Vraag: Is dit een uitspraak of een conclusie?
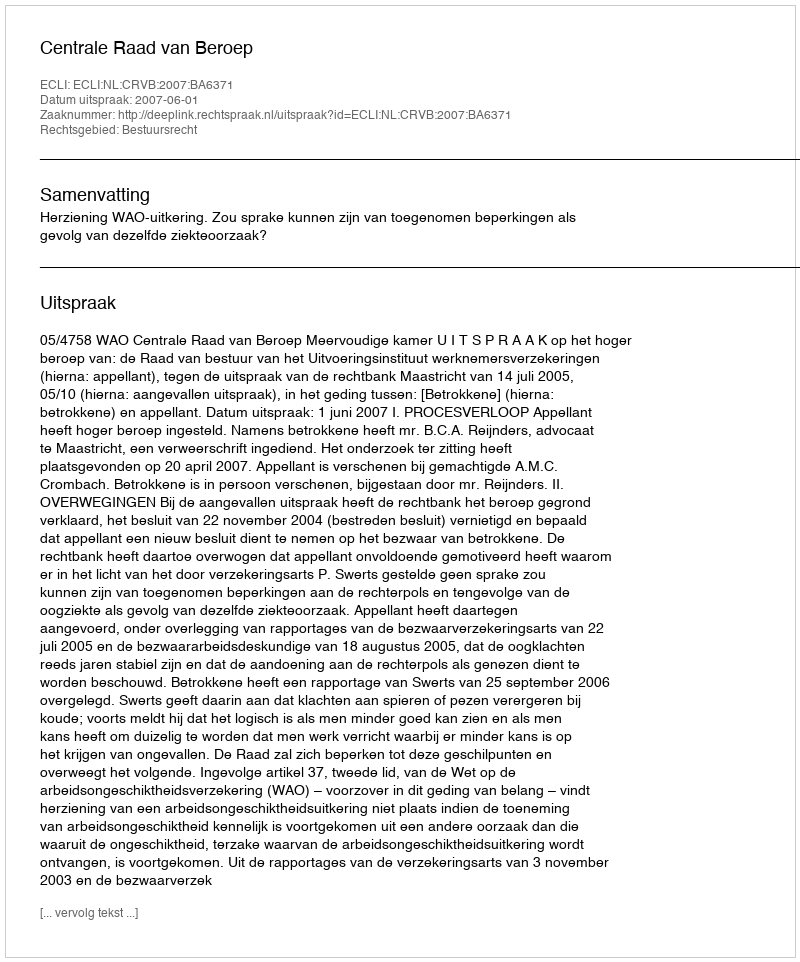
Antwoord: Uitspraak